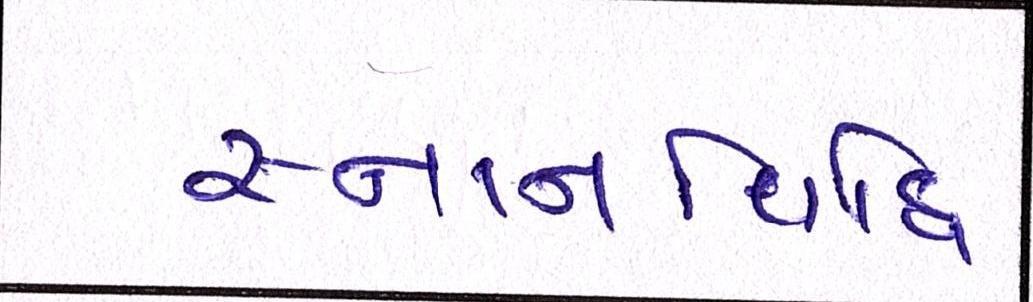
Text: સ્નાનવિધિ